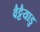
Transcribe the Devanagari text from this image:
वैट्टैयाडु